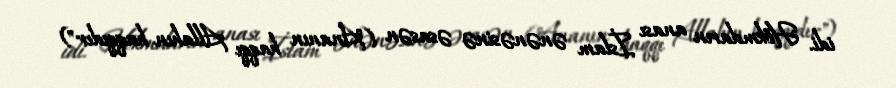
idi. Hökmdarın anası İslam ənənəsinə əsasən ("Ananın haqqı Allahın haqqıdır")